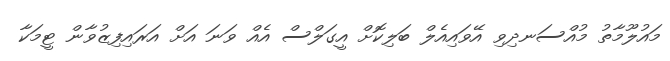
މައުލޫމާތު މުއްސަނދިވި އޭވައިއެލް ބަލިކޮށް އީގަލްސް އެއް ވަނަ އަށް އަރައިފިޒުވާން ޓީމަކާ